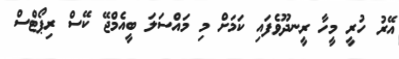
އޭރު ހުރީ މީހާ ރީނދޫވެފައި ކަމަށް މި މައްސަލަ ބީއެމްޖޭ ކޭސް ރިޕޯޓްސް